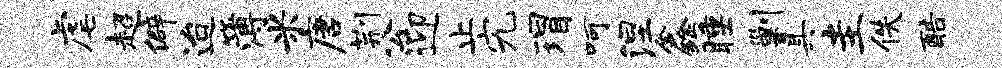
虐超僻迨簿米唐荆公迎止究瑁呵涅鑫睡剿具圭佚酷